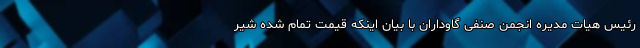
رئیس هیات مدیره انجمن صنفی گاوداران با بیان اینکه قیمت تمام شده شیر